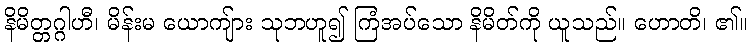
နိမိတ္တဂ္ဂါဟီ၊ မိန်းမ ယောကျ်ား သုဘဟူ၍ ကြံအပ်သော နိမိတ်ကို ယူသည်။ ဟောတိ၊ ၏။